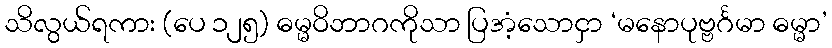
သိလွယ်ရကား (ပေ ၁၂၅) ဓမ္မဝိဘာဂကိုသာ ပြအံ့သောငှာ ‘မနောပုဗ္ဗင်္ဂမာ ဓမ္မာ’